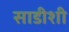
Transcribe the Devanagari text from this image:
साडीशी